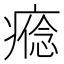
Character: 𤹑